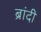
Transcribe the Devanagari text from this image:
ब्रांदी